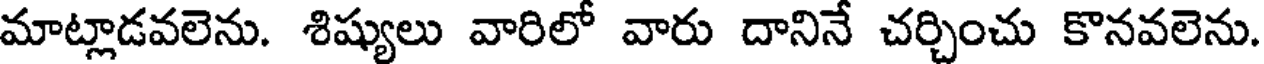
మాట్లాడవలెను. శిష్యులు వారిలో వారు దానినే చర్చించు కొనవలెను.